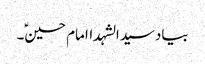
بیادسیدالشہداامام حسینؑ۔